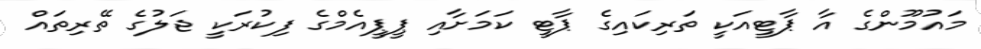
މައުމޫންގެ އާ ޕާޓީއަކީ ތަރިކައިގެ ޕާޓީ ކަމަށާއި ޕީޕީއެމްގެ ފިކުރަކީ ޖަލުގެ ތޭރިތައް